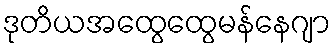
ဒုတိယအထွေထွေမန်နေဂျာ